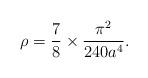
LaTeX: \begin{align*}\rho =\frac{7}{8}\times\frac{\pi^2}{240a^4}.\end{align*}